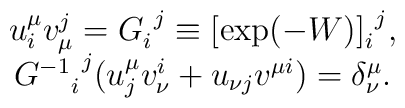
\begin{array}{c}  u^{\mu}_i v^j_{\mu} = G^{~j}_i \equiv [ \exp(-W) ]^{~j}_i,\\  {G^{-1}}^{~j}_i (u^{\mu}_j v^i_{\nu} + u_{\nu j} v^{\mu i}) =    \delta^{\mu}_{\nu}.  \end{array}